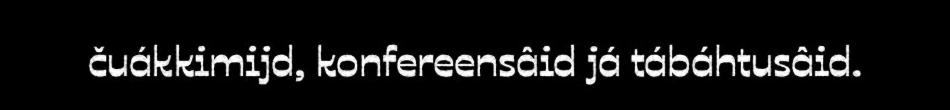
čuákkimijd, konfereensâid já tábáhtusâid.